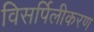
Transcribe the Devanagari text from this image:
विसर्पिलीकरण